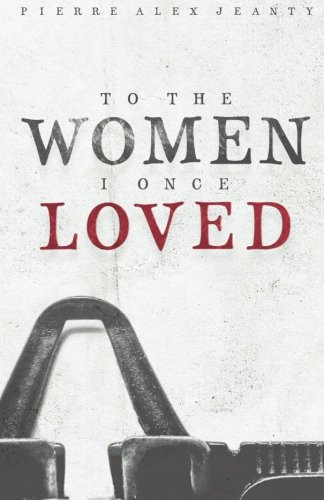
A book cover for To The Women I Once Loved; Pierre Alex Jeanty; Literature & Fiction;